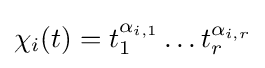
\chi _{i}(t)=t_{1}^{\alpha _{i,1}}\dots t_{r}^{\alpha _{i,r}}